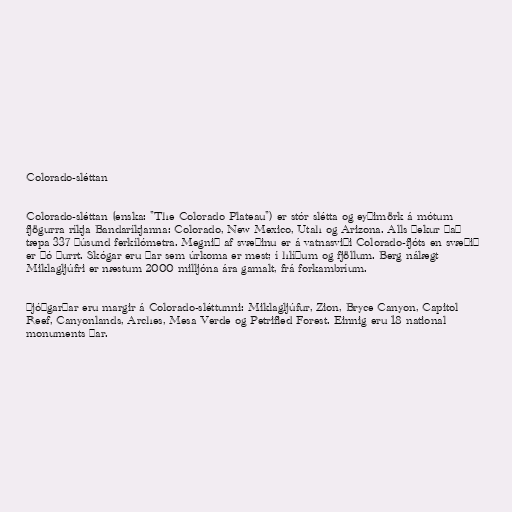
Colorado-sléttan

Colorado-sléttan (enska: "The Colorado Plateau") er stór slétta og eyðimörk á mótum
fjögurra ríkja Bandaríkjanna: Colorado, New Mexico, Utah og Arizona. Alls þekur það
tæpa 337 þúsund ferkílómetra. Megnið af svæðinu er á vatnasviði Colorado-fjóts en svæðið
er þó þurrt. Skógar eru þar sem úrkoma er mest; í hlíðum og fjöllum. Berg nálægt
Miklagljúfri er næstum 2000 milljóna ára gamalt, frá forkambríum.

Þjóðgarðar eru margir á Colorado-sléttunni: Miklagljúfur, Zion, Bryce Canyon, Capitol
Reef, Canyonlands, Arches, Mesa Verde og Petrified Forest. Einnig eru 18 national
monuments þar.